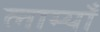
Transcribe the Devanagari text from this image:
लाम्याँ